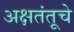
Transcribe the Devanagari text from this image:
अक्षतंतूचे